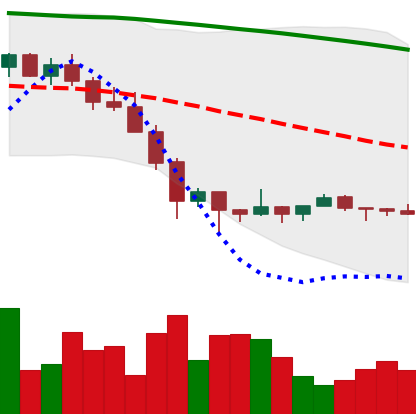
Ticker: XMR-USD
Chart end date: 2022-02-02
Forward return: 27.507%
Label: up_7plus